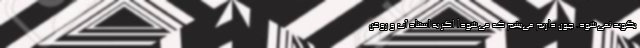
بگوید نمی‌شود. چون داریم می‌بینیم که می‌شود! اگر به استناد آب و روغن